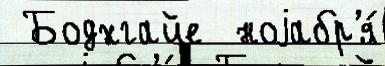
 Бодхгайе  ноjабр'я́